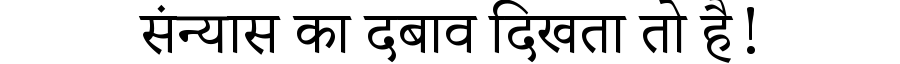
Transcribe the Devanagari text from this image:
संन्यास का दबाव दिखता तो है!